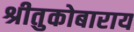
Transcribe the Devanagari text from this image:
श्रीतुकोबाराय